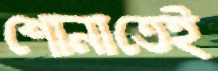
শোনাতেই